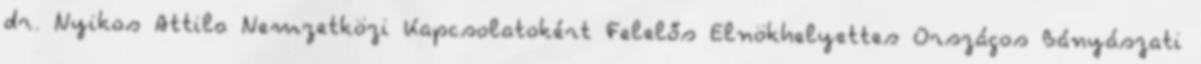
dr. Nyikos Attila Nemzetközi Kapcsolatokért Felelős Elnökhelyettes Országos Bányászati